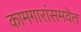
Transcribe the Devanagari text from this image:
कामगारांसमवेत